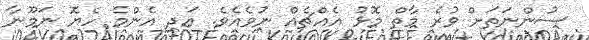
ސުންނަތަށް ވުރެ މާތް މޮޅު އެއްޗެއް ނުވެއެވެ. އަދި އެންމެ ހެޔޮ ނަމޫނާ